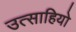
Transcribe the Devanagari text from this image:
उत्साहियो